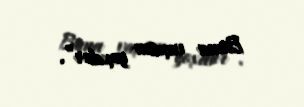
Buna vaxtım yoxdur”.